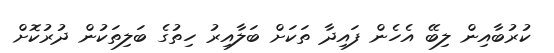
ކުރުބާއިން ލިބޭ އެހެން ފައިދާ ތަކަށް ބަލާއިރު ހިތުގެ ބަލިތަކުން ދުރުކޮށް